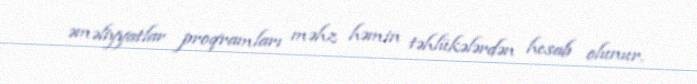
əməliyyatlar proqramları məhz həmin təhlükələrdən hesab olunur.